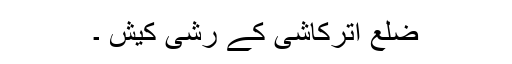
ضلع اترکاشی کے رشی کیش ۔